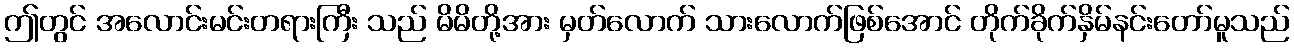
ဤတွင် အလောင်းမင်းတရားကြီး သည် မိမိတို့အား မှတ်လောက် သားလောက်ဖြစ်အောင် တိုက်ခိုက်နှိမ်နင်းတော်မူသည်